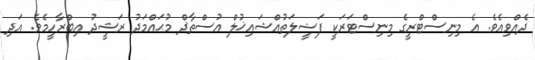
ދެއްވިއެވެ. އެ މިނިސްޓްރީގެ މިނިސްޓަރަކީ ފަޟީލަތުއްޝައިޚުލް އުސްތާޛް މުޙައްމަދު ރަޝީދު އިބްރާހީމެވެ. އަދި